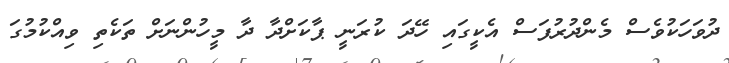
ދުވަހަކުވެސް މެންދުރުފަސް އެކީގައި ހޭދަ ކުރަނީ ޕާކަށްދާ ދާ މީހުންނަށް ތަކެތި ވިއްކުމުގަ